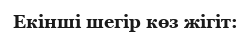
Екінші шегір көз жігіт: